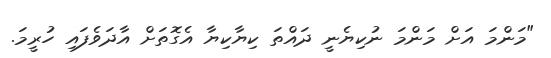
"މަންމަ އަށް މަންމަ ނުކިޔެނީ ދައްތަ ކިޔާކިޔާ އެގޮތަށް އާދަވެފައި ހުރީމަ.